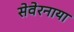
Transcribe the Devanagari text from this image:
सेवेरनाया